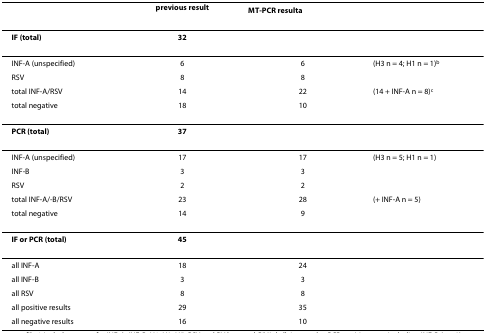
<table><thead><tr><td></td><td><b>previous result</b></td><td><b> MT-PCR result<sup>a</sup></b></td><td></td></tr></thead><tbody><tr><td><b>IF (total)</b></td><td><b>32</b></td><td></td><td></td></tr><tr><td>INF-A (unspecified)</td><td>6</td><td>6</td><td>(H3 n = 4; H1 n = 1)<sup>b</sup></td></tr><tr><td>RSV</td><td>8</td><td>8</td><td></td></tr><tr><td>total INF-A/RSV</td><td>14</td><td>22</td><td>(14 + INF-A n = 8)<sup>c</sup></td></tr><tr><td>total negative</td><td>18</td><td>10</td><td></td></tr><tr><td><b>PCR (total)</b></td><td><b>37</b></td><td></td><td></td></tr><tr><td>INF-A (unspecified)</td><td>17</td><td>17</td><td>(H3 n = 5; H1 n = 1)</td></tr><tr><td>INF-B</td><td>3</td><td>3</td><td></td></tr><tr><td>RSV</td><td>2</td><td>2</td><td></td></tr><tr><td>total INF-A/-B/RSV</td><td>23</td><td>28</td><td>(+ INF-A n = 5)</td></tr><tr><td>total negative</td><td>14</td><td>9</td><td></td></tr><tr><td><b>IF or PCR (total)</b></td><td><b>45</b></td><td></td><td></td></tr><tr><td>all INF-A</td><td>18</td><td>24</td><td></td></tr><tr><td>all INF-B</td><td>3</td><td>3</td><td></td></tr><tr><td>all RSV</td><td>8</td><td>8</td><td></td></tr><tr><td>all positive results</td><td>29</td><td>35</td><td></td></tr><tr><td>all negative results</td><td>16</td><td>10</td><td></td></tr></tbody></table>